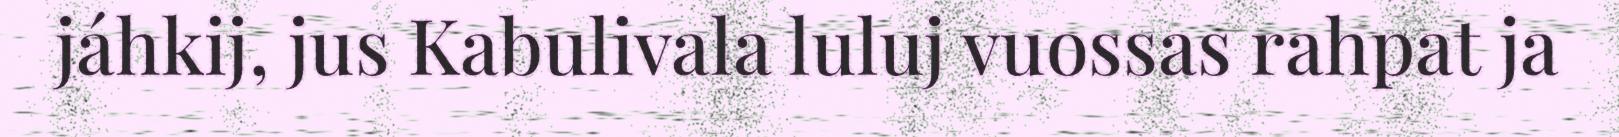
jáhkij, jus Kabulivala luluj vuossas rahpat ja